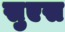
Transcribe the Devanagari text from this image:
सुएस